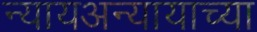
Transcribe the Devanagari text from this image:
न्यायअन्यायाच्या